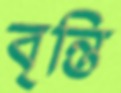
বৃন্তি